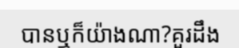
បានឬក៏យ៉ាងណា?គួរដឹង